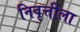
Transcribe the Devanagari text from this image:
निवृत्तीला